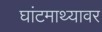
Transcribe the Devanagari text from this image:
घांटमाथ्यावर